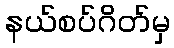
နယ်စပ်ဂိတ်မှ